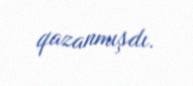
qazanmışdı.